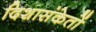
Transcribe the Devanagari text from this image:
दिशासंकेतों